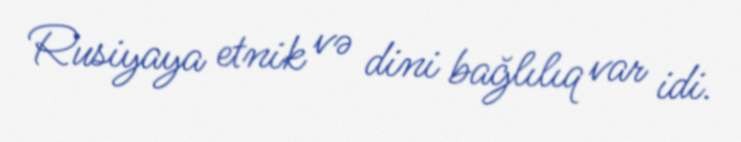
Rusiyaya etnik və dini bağlılıq var idi.